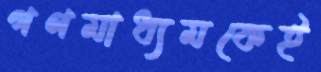
গণমাধ্যমকেই